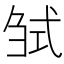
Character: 𢎍